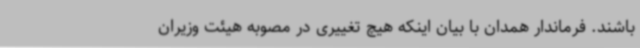
باشند. فرماندار همدان با بیان اینکه هیچ تغییری در مصوبه هیئت وزیران